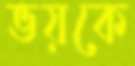
ভয়কে